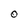
Character: O